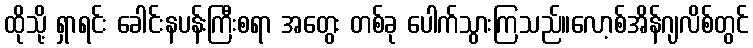
ထိုသို့ ရှာရင်း ခေါင်းနပန်းကြီးစရာ အတွေး တစ်ခု ပေါက်သွားကြသည်။လော့စ်အိန်ဂျလိစ်တွင်